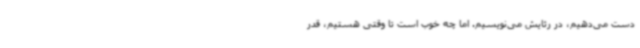
دست می‌دهیم، در رثایش می‌نویسیم. اما چه خوب است تا وقتی هستیم، قدر